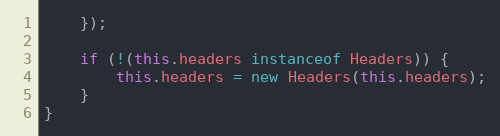
Language: JavaScript
    });

    if (!(this.headers instanceof Headers)) {
        this.headers = new Headers(this.headers);
    }
}